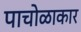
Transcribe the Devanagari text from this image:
पाचोळाकार